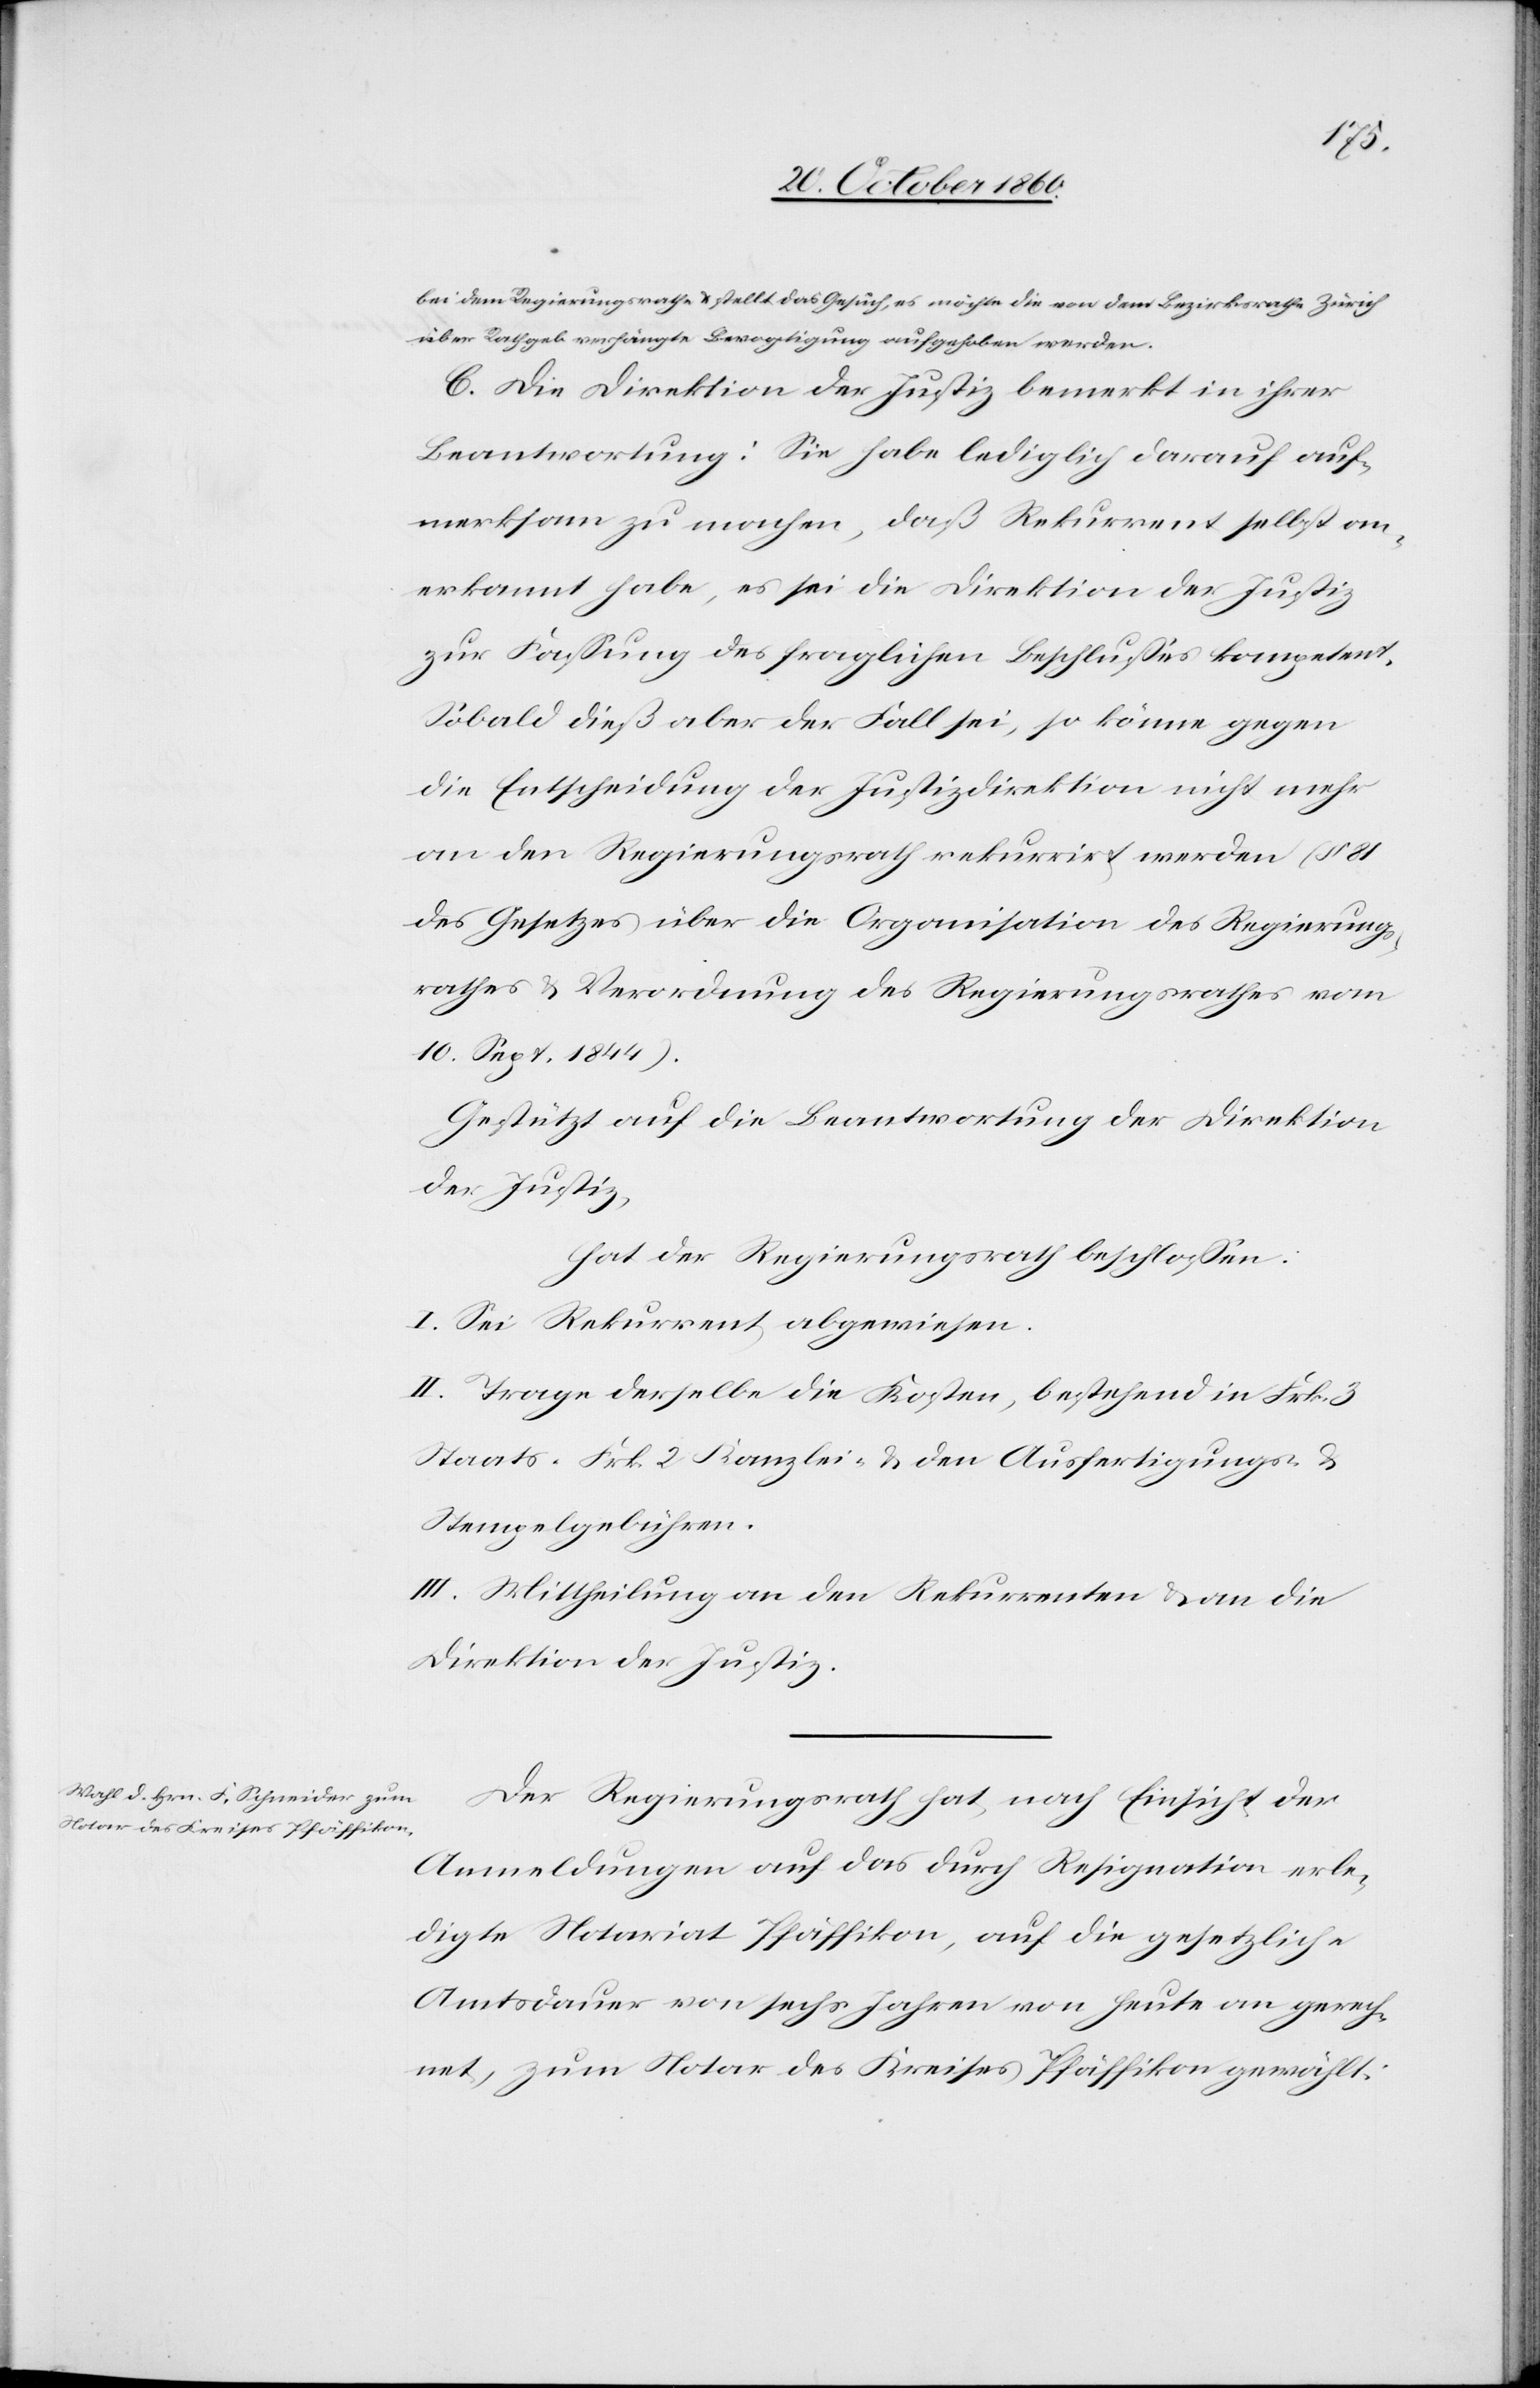
bei den Regierungsrathe u. stellt das Gesuch, es möchte die von dem Bezirksrathe Zürich
über Rathgeb verhängte Bevogtigung aufgehoben werden.
C. Die Direktion der Justiz bemerkt in ihrer
Beantwortung: Sie habe lediglich darauf auf¬
merksam zu machen, daß Rekurrent selbst an¬
erkannt habe, es sei die Direktion der Justiz
zur Fassung des fraglichen Beschlusses kompetent.
Sobald dieß aber der Fall sei, so könne gegen
die Entscheidung der Justizdirektion nicht mehr
an den Regierungsrath rekurrirt werden (§ 81
des Gesetzes über die Organisation des Regierungs¬
rathes u. Verordnung des Regierungsrathes vom
10. Sept., 1844).
Gestützt auf die Beantwortung der Direktion
der Justiz,
hat der Regierungsrath beschlossen:
I. Sei Rekurrent abgewiesen.
II. Trage derselbe die Kosten, bestehend in Frk. 3
Staats-[,] Frk. 2 Kanzlei- u. den Ausfertigungs- u.
Stempelgebühren.
III. Mittheilung an den Rekurrenten u. an die
Direktion der Justiz.
Der Regierungsrath hat, nach Einsicht der
Anmeldungen auf das durch Resignation erle¬
digte Notariat Pfäffikon, auf die gesetzliche
Amtsdauer von sechs Jahren von heute an gerech¬
net, zum Notar des Kreises Pfäffikon gewählt: